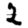
Digit: 2